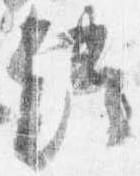
経